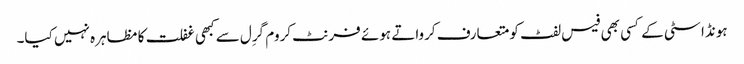
ہونڈا سٹی کے کسی بھی فیس لفٹ کو متعارف کرواتے ہوئے فرنٹ کروم گرِل سے کبھی غفلت کا مظاہرہ نہیں کیا۔